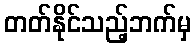
တတ်နိုင်သည့်ဘက်မှ